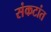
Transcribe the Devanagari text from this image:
संकटांत